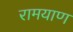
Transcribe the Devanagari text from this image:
रामयाण